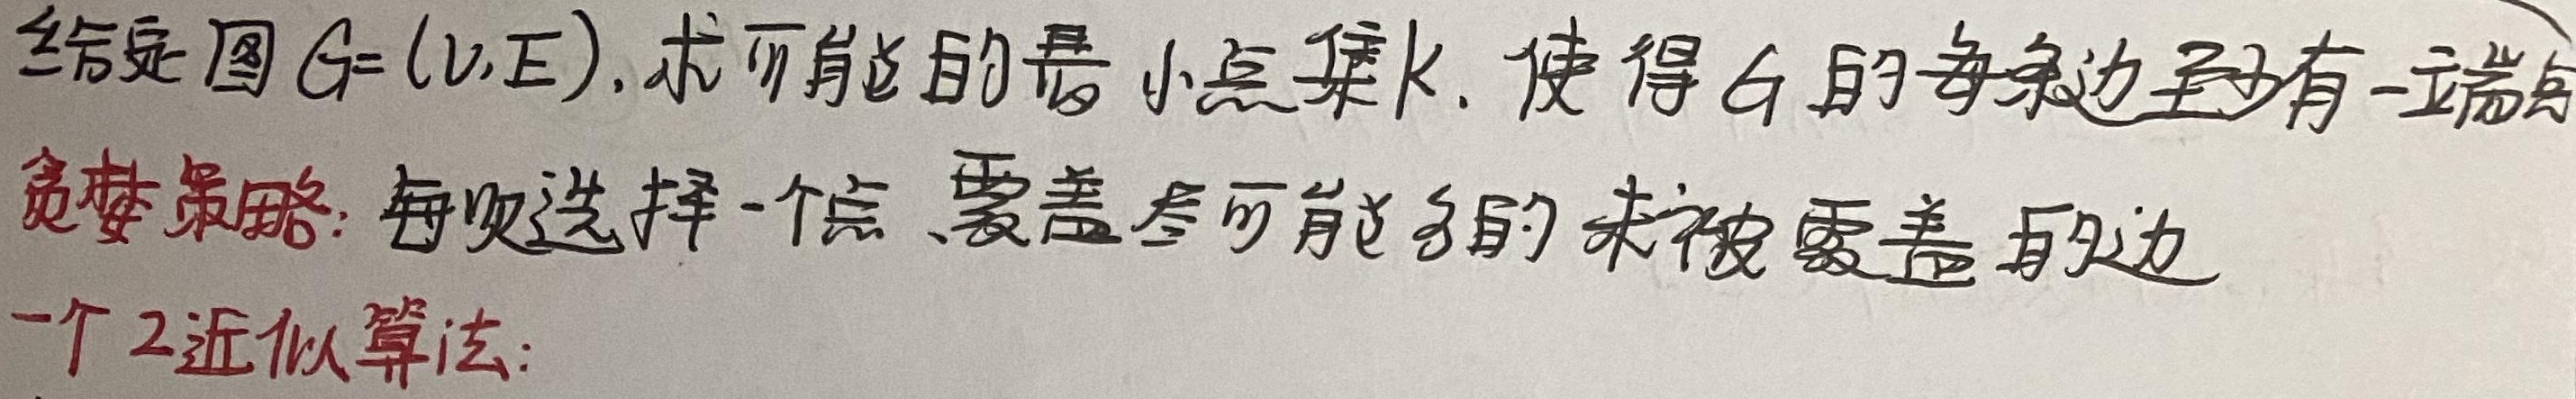
给定图 $G=(V,E)$，求可能的最小点集 $K$，使得 $G$ 的每条边至少有一端点。
贪婪策略：每次选择一个点，覆盖尽可能多的未被覆盖的边。
一个2近似算法：